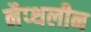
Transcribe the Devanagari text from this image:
नैप्थलीन